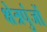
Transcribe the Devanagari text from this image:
क्षेत्रपुंजों